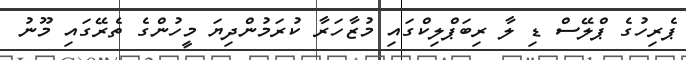
ޕެރިހުގެ ޕްލޭސް ޑި ލާ ރިބަޕްލިކްގައި މުޒާހަރާ ކުރަމުންދިޔަ މީހުންގެ ތެރޭގައި މޫނު